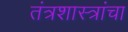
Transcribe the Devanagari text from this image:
तंत्रशास्त्रांचा